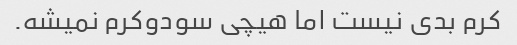
کرم بدی نیست اما هیچی سودوکرم نمیشه.